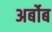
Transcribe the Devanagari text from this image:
अर्बोब